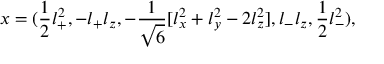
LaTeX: x = ( \frac { 1 } { 2 } l _ { + } ^ { 2 } , - l _ { + } l _ { z } , - \frac { 1 } { \sqrt { 6 } } [ l _ { x } ^ { 2 } + l _ { y } ^ { 2 } - 2 l _ { z } ^ { 2 } ] , l _ { - } l _ { z } , \frac { 1 } { 2 } l _ { - } ^ { 2 } ) ,